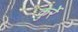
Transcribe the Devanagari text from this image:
कुर्रे